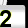
Digit: 2